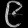
Digit: ၉